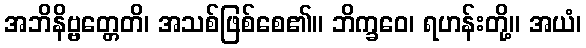
အဘိနိဗ္ဗတ္တေတိ၊ အသစ်ဖြစ်စေ၏။ ဘိက္ခဝေ၊ ရဟန်းတို့။ အယံ၊